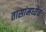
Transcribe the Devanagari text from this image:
तासांमध्येच